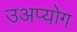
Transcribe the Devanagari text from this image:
उअप्योग